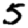
Digit: 5